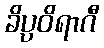
ခိပ္ပဝိရာဂီ